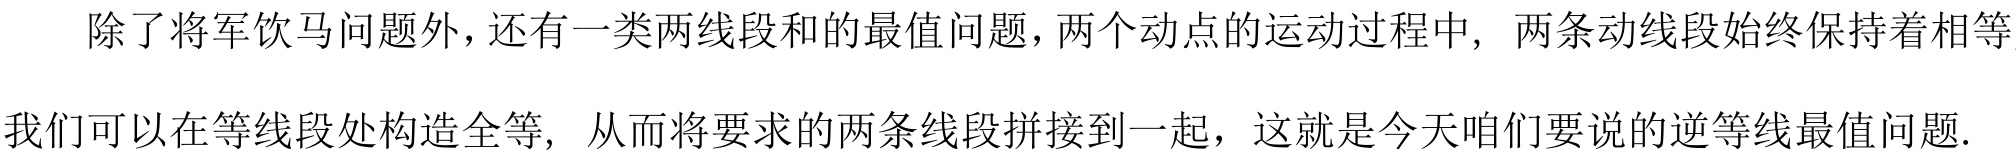
除了将军饮马问题外，还有一类两线段和的最值问题，两个动点的运动过程中, 两条动线段始终保持着相等
我们可以在等线段处构造全等, 从而将要求的两条线段拼接到一起，这就是今天咱们要说的逆等线最值问题.